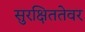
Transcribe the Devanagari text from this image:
सुरक्षिततेवर